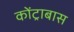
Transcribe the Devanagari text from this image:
कोंट्राबास